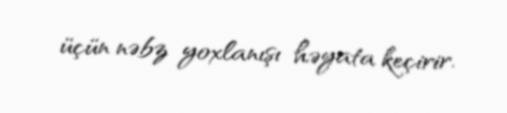
üçün nəbz yoxlanışı həyata keçirir.